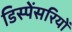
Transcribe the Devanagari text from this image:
डिस्पेंसरियों